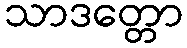
သာဒတ္တော